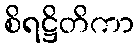
စိရဋ္ဌိတိကာ